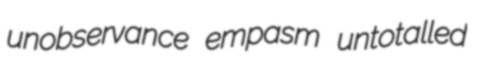
unobservance empasm untotalled